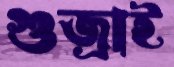
গুজ্‌রাই